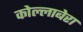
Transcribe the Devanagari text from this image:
कोल्लाबेरा